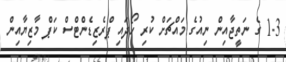
1-3 ގެ ނަތީޖާއިން ނިއުގެ މައްޗަށް ކުރި ހޯދައި ޕްރެޒިޑެންޓްސް ކަޕް މާޒިޔާއިން